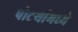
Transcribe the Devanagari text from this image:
पोटर्‍यांमध्ये